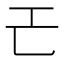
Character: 𢀒